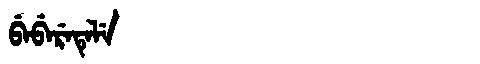
Manchu: ᠪᡝᠪᡝᡵᡝᡨᡝᠯᡝ
Romanization: BEBERETELE